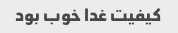
کیفیت غدا خوب بود